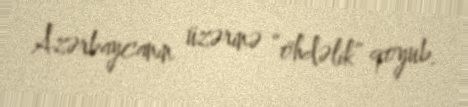
Azərbaycanın üzərinə “öhdəlik” qoyub.